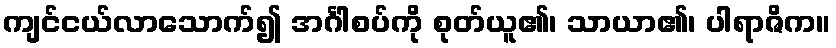
ကျင်ငယ်လာသောက်၍ အင်္ဂါစပ်ကို စုတ်ယူ၏၊ သာယာ၏၊ ပါရာဇိက။